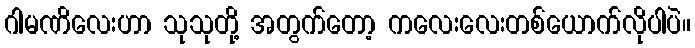
ဂါမဏိလေးဟာ သုသုတို့ အတွက်တော့ ကလေးလေးတစ်ယောက်လိုပါပဲ။